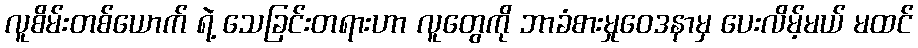
လူစိမ်းတစ်ယောက် ရဲ့ သေခြင်းတရားဟာ လူတွေကို ဘာခံစားမှုဝေဒနာမှ ပေးလိမ့်မယ် မထင်